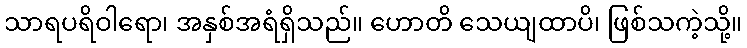
သာရပရိဝါရော၊ အနှစ်အရံရှိသည်။ ဟောတိ သေယျထာပိ၊ ဖြစ်သကဲ့သို့။